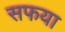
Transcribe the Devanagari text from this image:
सफया